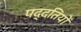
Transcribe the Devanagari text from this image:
पद्दतियों